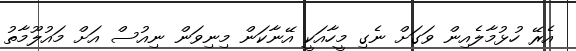
އެރޭ ހުޅުމާލެއިން ވަގަށް ނެގި މީހާއަކީ އޭނާކަން މިނިވަން ނިއުސް އަށް މައުލޫމާތު